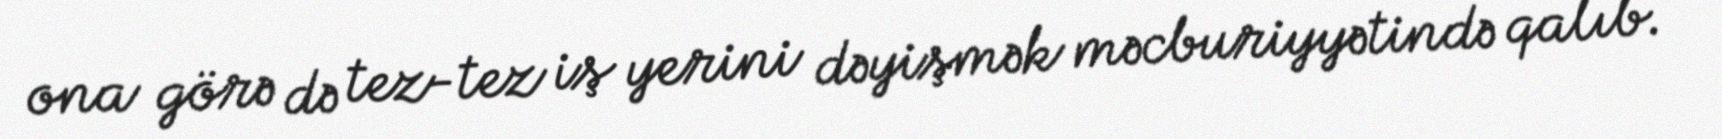
ona görə də tez-tez iş yerini dəyişmək məcburiyyətində qalıb.